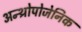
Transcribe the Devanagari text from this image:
अन्थ्रोपोजेनिक